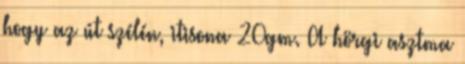
hogy az út szélén, itisona 20gm. A hörgi asztma